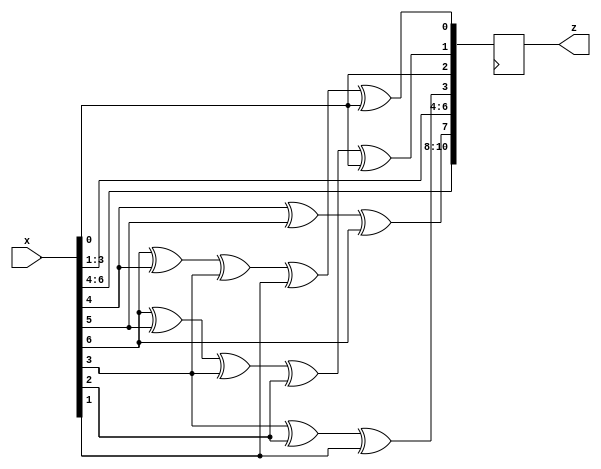
//---------------------------------------------------------------------------
// This is a Verilog file that defines a hamming encoder. 
//
//---------------------------------------------------------------------------
 module hamming ( x , z );
 
    input  [7:1] x ;    // The seven-bit input 
    output  [11:1] z ;        // The 11-bit output
    reg [11:1] z ;
    reg     clk;

    initial clk = 1'b1;
    always #50 clk = ~clk;


always @(posedge clk)
begin
 
    z[11] =  x[7] ;
    z[10] =  x[6] ;
    z[9] =  x[5] ;
    z[8] =  x[5] ^ x[6] ^ x[7];
    z[7] =  x[4] ;
    z[6] =  x[3] ;
    z[5] =  x[2] ;
    z[4] =  x[4] ^ x[3] ^ x[2];
    z[3] =  x[1] ;
    z[2] =  x[7] ^ x[6] ^ x[4] ^ x[3] ^ x[1];
    z[1] =  x[7] ^ x[5] ^ x[4] ^ x[2] ^ x[1];
end 

 endmodule